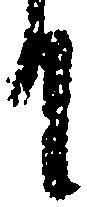
り